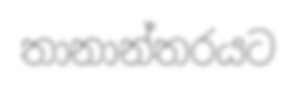
තානාන්තරයට